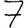
Digit: 7